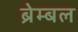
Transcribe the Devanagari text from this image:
ब्रेम्बल